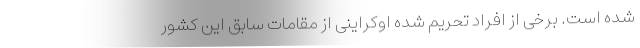
شده است. برخی از افراد تحریم شده اوکراینی از مقامات سابق این کشور